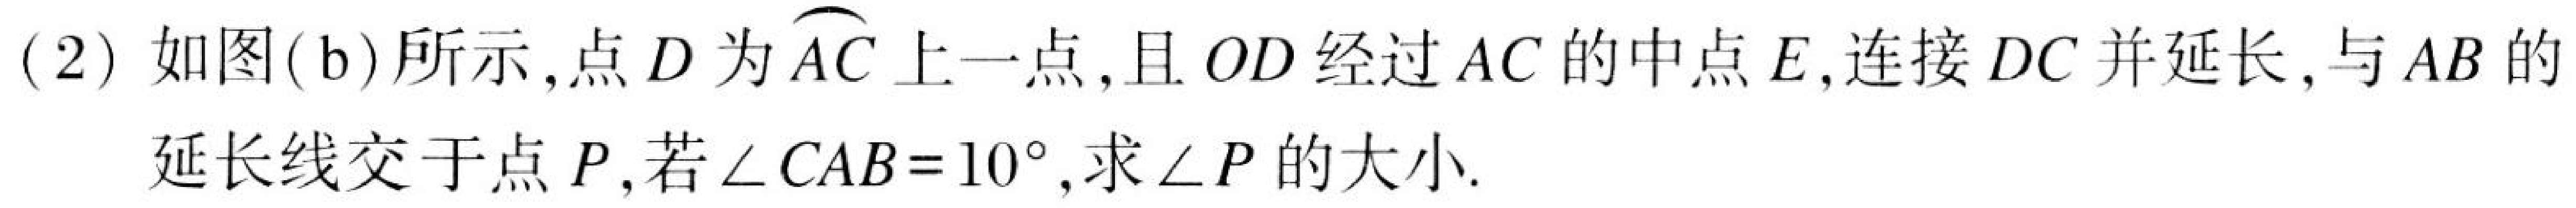
(2) 如图(b)所示, 点$D$为$\overset{\frown}{AC}$上一点, 且$OD$经过$AC$的中点$E$, 连接$DC$并延长, 与$AB$的延长线交于点$P$, 若$\angle CAB = 10^{\circ}$, 求$\angle P$的大小.